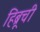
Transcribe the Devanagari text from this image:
हिब्रूची